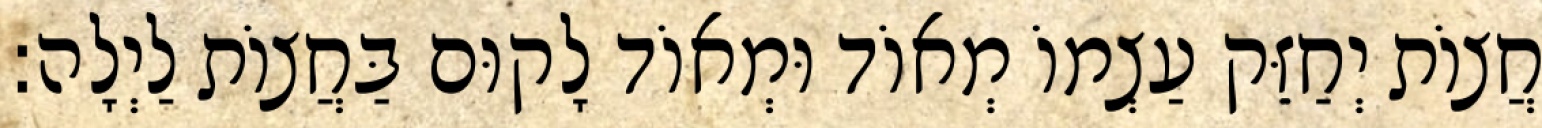
חֲצוֹת יְחַזֵּק עַצְמוֹ מְאוֹד וּמְאוֹד לָקוּם בַּחֲצוֹת לַיְלָה: